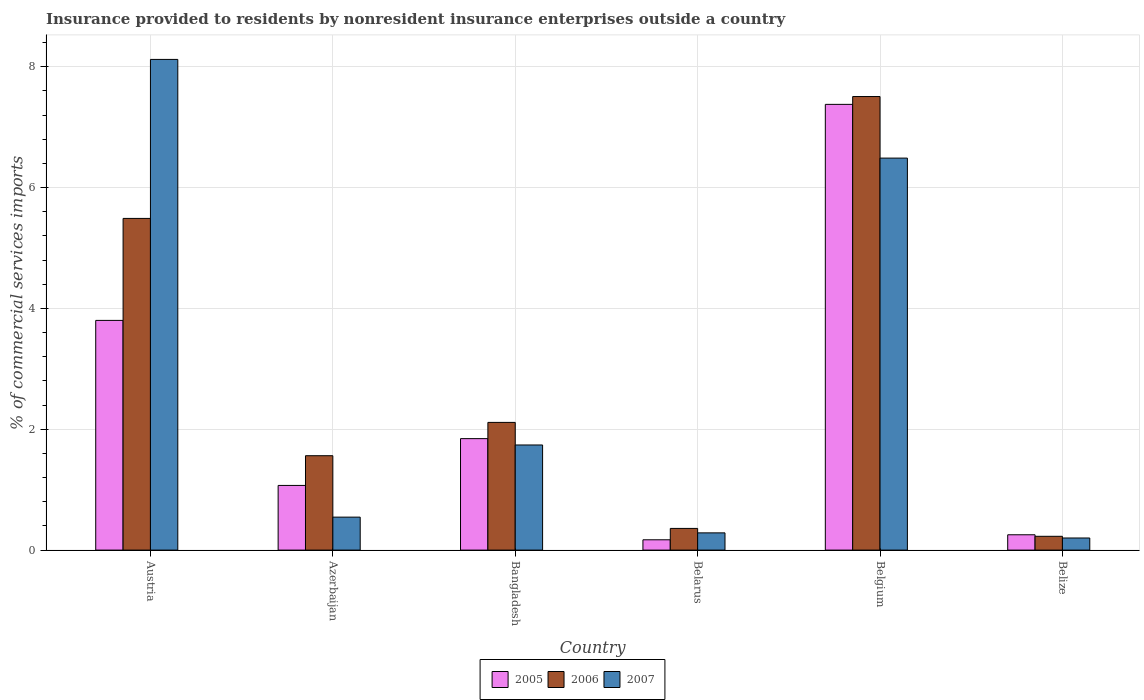
| Country | 2005 | 2006 | 2007 |
 | --- | --- | --- | --- |
 | Austria | 3.8 | 5.49 | 8.12 |
 | Azerbaijan | 1.07 | 1.56 | 0.546 |
 | Bangladesh | 1.85 | 2.11 | 1.74 |
 | Belarus | 0.171 | 0.359 | 0.285 |
 | Belgium | 7.38 | 7.51 | 6.49 |
 | Belize | 0.254 | 0.228 | 0.201 |